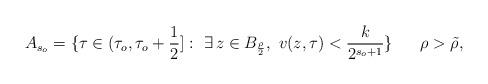
LaTeX: \begin{align*}A_{s_o}=\{\tau\in(\tau_o,\tau_o+\frac12]:\ \exists\, z\in B_{\frac \rho2},\ v(z,\tau)<\frac k{2^{s_o+1}}\}\quad\ \ \rho>\tilde\rho,\end{align*}